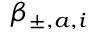
\beta _ { \pm , a , i }